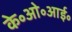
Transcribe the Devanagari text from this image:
के॰ओ॰आई॰